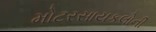
મોટરસાયકલોની